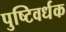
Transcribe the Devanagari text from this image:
पुष्टिवर्धक